画像に写った文字を読んでください
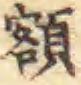
「額」と書いてあります